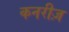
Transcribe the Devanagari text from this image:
कनरीज़